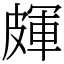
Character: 皹